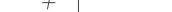
٩٢